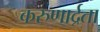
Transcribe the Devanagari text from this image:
करुणार्द्रता